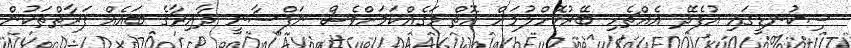
ސިކުނޑީގައި އުފެދޭ އެއްޗެހި ބޭރުކޮށްލުމަށް އޮތް މަގެއްކަމަށްވެސް ނަފްސާނީ ދާއިރާގެ ބައެއް ފަރާތްތަކުން